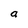
Character: a